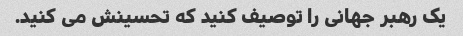
یک رهبر جهانی را توصیف کنید که تحسینش می کنید.